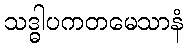
သဒ္ဓါပကတမေသာနံ